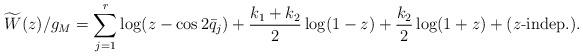
LaTeX: \begin{align*}\widetilde{W}(z)/g_M = \sum_{j=1}^r\log(z-\cos2\bar{q}_j) +\frac{k_1+k_2}{2}\log(1-z)+\frac{k_2}{2}\log(1+z)+(\mbox{$z$-indep.}).\end{align*}